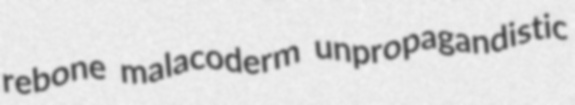
rebone malacoderm unpropagandistic